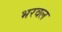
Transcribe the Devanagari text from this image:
भरवल